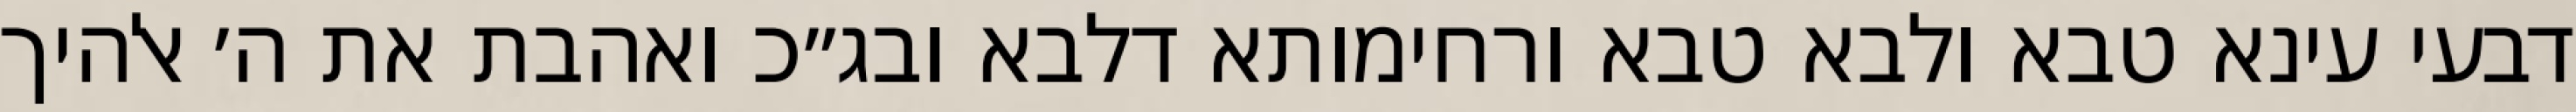
דבעי עינא טבא ולבא טבא ורחימותא דלבא ובג״כ ואהבת את ה׳ אלהיך